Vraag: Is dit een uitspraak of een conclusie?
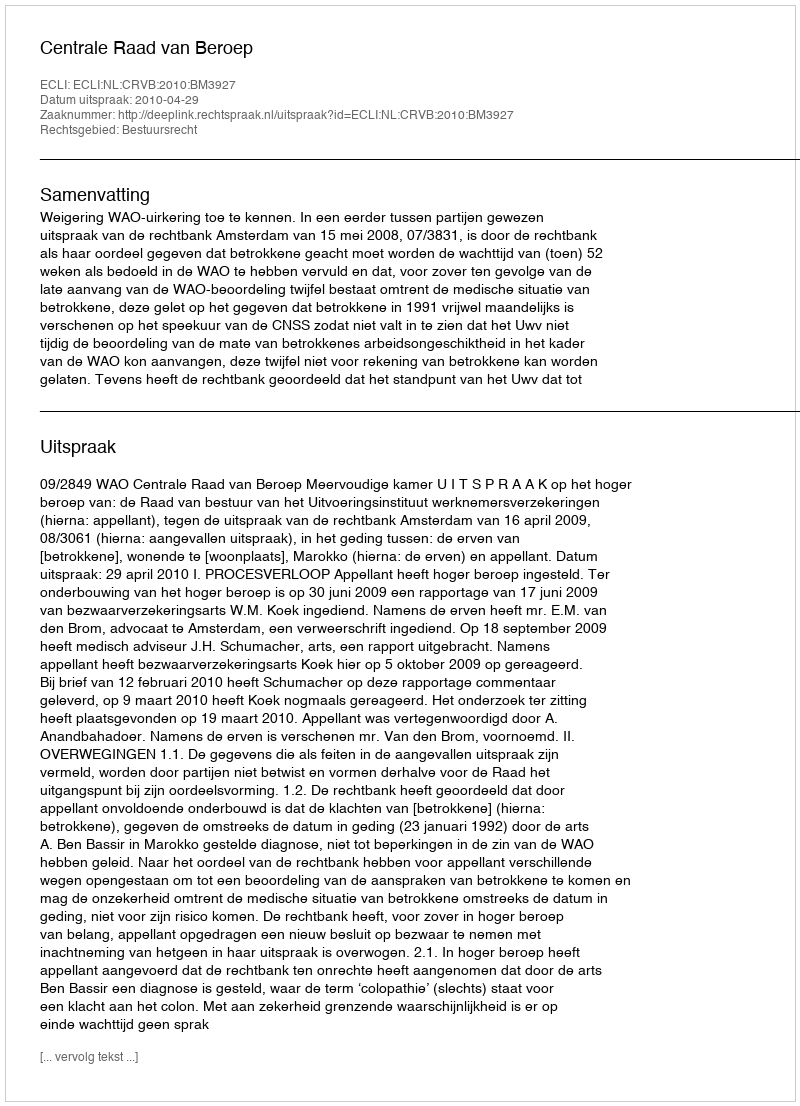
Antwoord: Uitspraak